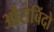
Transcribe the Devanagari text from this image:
औरोबिंदो